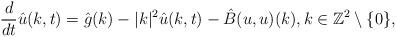
LaTeX: \begin{align*}\frac{d}{dt}\hat{u}(k,t)=\hat{g}(k)-|k|^2\hat{u}(k,t)-\hat{B}(u,u)(k), k\in \mathbb{Z}^2\setminus\{0\},\end{align*}